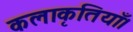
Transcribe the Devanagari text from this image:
कलाकृतियाँ।